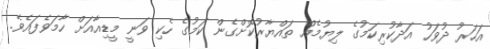
އަހަރު ދުވަހު އަދާކުރިކަމުގެ ލިޔުމެއް ތައްޔާރުކޮށްގެން ކަމުގެ ހެކި ވަނީ މީޑިއާއަށް ހާމަވެފައެވެ.